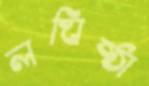
লঘিষ্ঠা